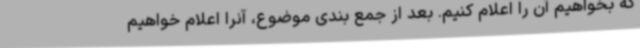
که بخواهیم آن را اعلام کنیم. بعد از جمع بندی موضوع، آنرا اعلام خواهیم